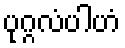
ပုဂ္ဂလံပါဟံ